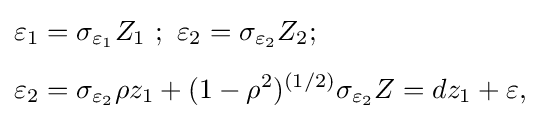
{\begin{aligned}\varepsilon _{1}&=\sigma _{\varepsilon _{1}}Z_{1}\,\,;\,\,\varepsilon _{2}=\sigma _{\varepsilon _{2}}Z_{2};\\[4pt]\varepsilon _{2}&=\sigma _{\varepsilon _{2}}\rho z_{1}+(1-\rho ^{2})^{(1/2)}\sigma _{\varepsilon _{2}}Z=dz_{1}+\varepsilon ,\\\end{aligned}}